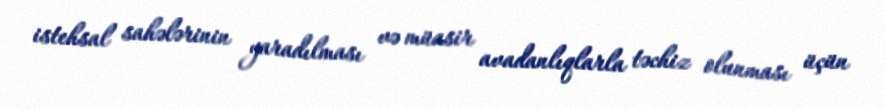
istehsal sahələrinin yaradılması və müasir avadanlıqlarla təchiz olunması üçün